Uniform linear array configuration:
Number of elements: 24
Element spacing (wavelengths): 1
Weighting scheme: exponential
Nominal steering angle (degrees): -15
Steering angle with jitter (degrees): -13.098
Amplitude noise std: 0.05
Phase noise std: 0.05

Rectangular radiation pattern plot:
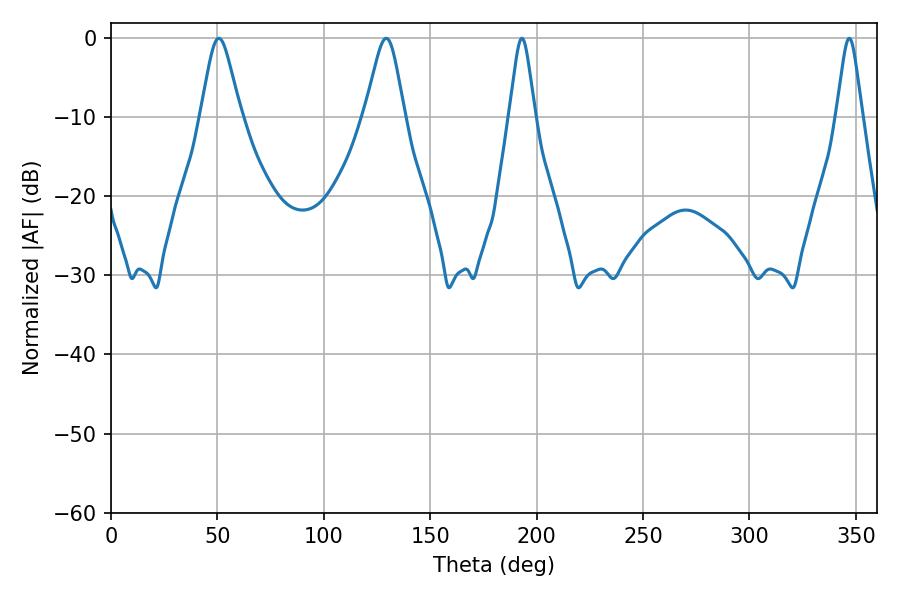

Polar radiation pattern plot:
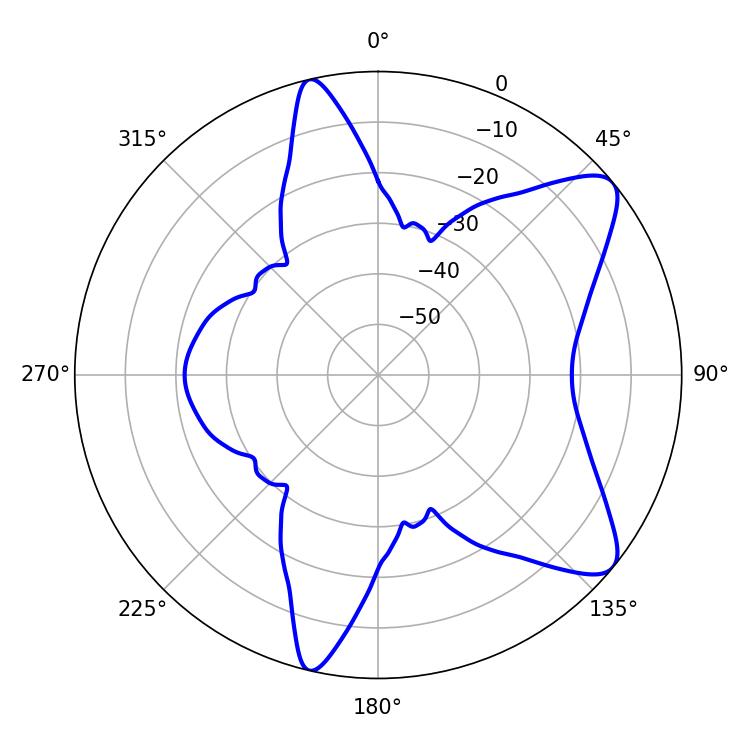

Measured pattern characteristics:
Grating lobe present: TRUE
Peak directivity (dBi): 9.093
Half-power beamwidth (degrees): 5.76
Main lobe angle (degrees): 193.14